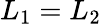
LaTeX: L_{1}=L_{2}